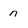
Character: n